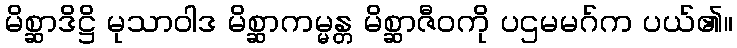
မိစ္ဆာဒိဋ္ဌိ မုသာဝါဒ မိစ္ဆာကမ္မန္တ မိစ္ဆာဇီဝကို ပဌမမဂ်က ပယ်၏။